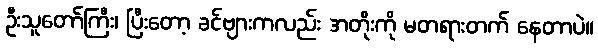
ဦးသူတော်ကြီး၊ ပြီးတော့ ခင်ဗျားကလည်း အတိုးကို မတရားတက် နေတာပဲ။